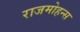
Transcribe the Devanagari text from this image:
राजमोहन्स